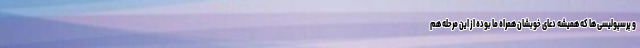
و پرسپولیسی ها که همیشه دعای خوبشان همراه ما بوده از این مرحله هم